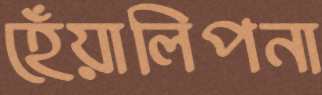
হেঁয়ালিপনা